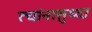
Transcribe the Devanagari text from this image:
त्यांनासुध्दा